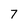
Character: 7